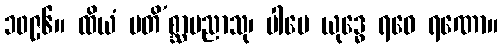
၁၀၉၆။ ထိယံ မတိ’စ္ဆာပညာသု၊ ပါပေ ယုဒ္ဓေ ရဝေ ရဏော။